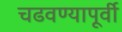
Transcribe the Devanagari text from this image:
चढवण्यापूर्वी